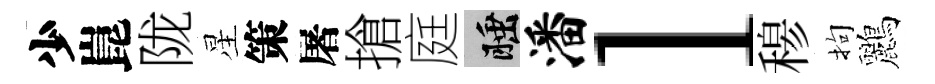
少崑陇星策屠搶庭睡潘l𥠇拘鸝